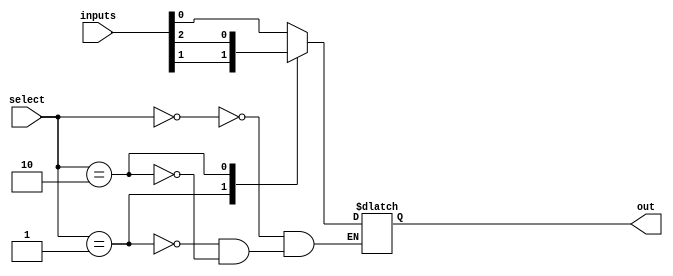
module mux_64_1(
  input [63:0] inputs,
  input [5:0] select,
  output reg out
);

always @(*) begin
  case (select)
    6'b000000: out = inputs[0];
    6'b000001: out = inputs[1];
    6'b000010: out = inputs[2];
    // add cases for all 64 inputs
  endcase
end

endmodule